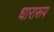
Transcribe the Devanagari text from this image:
धारारूप